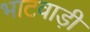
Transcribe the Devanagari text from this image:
भाटवाड़ी